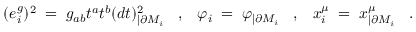
( e _ { i } ^ { g } ) ^ { 2 } \; = \; g _ { a b } t ^ { a } t ^ { b } ( d t ) _ { | \partial M _ { i } } ^ { 2 } \; \; \; , \; \; \; \varphi _ { i } \; = \; \varphi _ { | \partial M _ { i } } \; \; \; , \; \; \; x _ { i } ^ { \mu } \; = \; x _ { | \partial M _ { i } } ^ { \mu } \; \; \; .